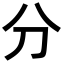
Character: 分